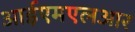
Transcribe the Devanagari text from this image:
आईएमएलआर